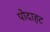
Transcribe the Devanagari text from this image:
पोदाहट